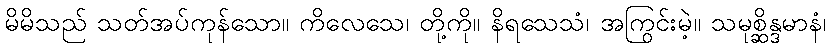
မိမိသည် သတ်အပ်ကုန်သော။ ကိလေသေ၊ တို့ကို။ နိရသေသံ၊ အကြွင်းမဲ့။ သမုစ္ဆိန္ဒမာနံ၊